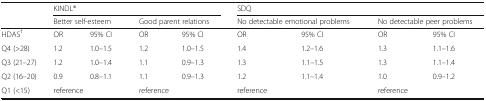
|  | <COLSPAN=4> KINDL® | <COLSPAN=4> SDQ |
 |  | <COLSPAN=2> Better self-esteem | <COLSPAN=2> Good parent relations | <COLSPAN=2> No detectable emotional problems | <COLSPAN=2> No detectable peer problems |
 | --- | --- | --- | --- | --- | --- | --- | --- | --- |
 | HDAS† | OR | 95% CI | OR | 95% CI | OR | 95% CI | OR | 95% CI |
 | Q4 (>28) | 1.2 | 1.0–1.5 | 1.2 | 1.0–1.5 | 1.4 | 1.2–1.6 | 1.3 | 1.1–1.6 |
 | Q3 (21–27) | 1.2 | 1.0–1.4 | 1.1 | 0.9–1.3 | 1.3 | 1.1–1.5 | 1.3 | 1.1–1.4 |
 | Q2 (16–20) | 0.9 | 0.8–1.1 | 1.1 | 0.9–1.3 | 1.2 | 1.1–1.4 | 1.0 | 0.9–1.2 |
 | Q1 (<15) | <COLSPAN=2> reference | <COLSPAN=2> reference | <COLSPAN=2> reference | <COLSPAN=2> reference |